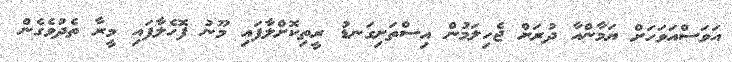
އަވަސްއަވަހަށް ޔަމާންއާ ދުރަށް ޖެހިލަމުން އިސްތަށިގަނޑު ރީތިކޮށްލާފައި މޫނު ފޮހެލާފައި މީރާ ތެދުވެގެން